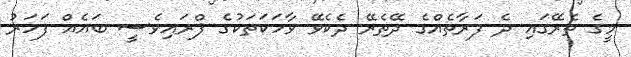
މީގެ ތެރޭގައި ދެ ފަރާތެއްގެ ދޭތެރޭ ދެކެވޭ ވާހަކަތަކުގެ ޕްރައިވެސީ ބައެއް ފަހަރު